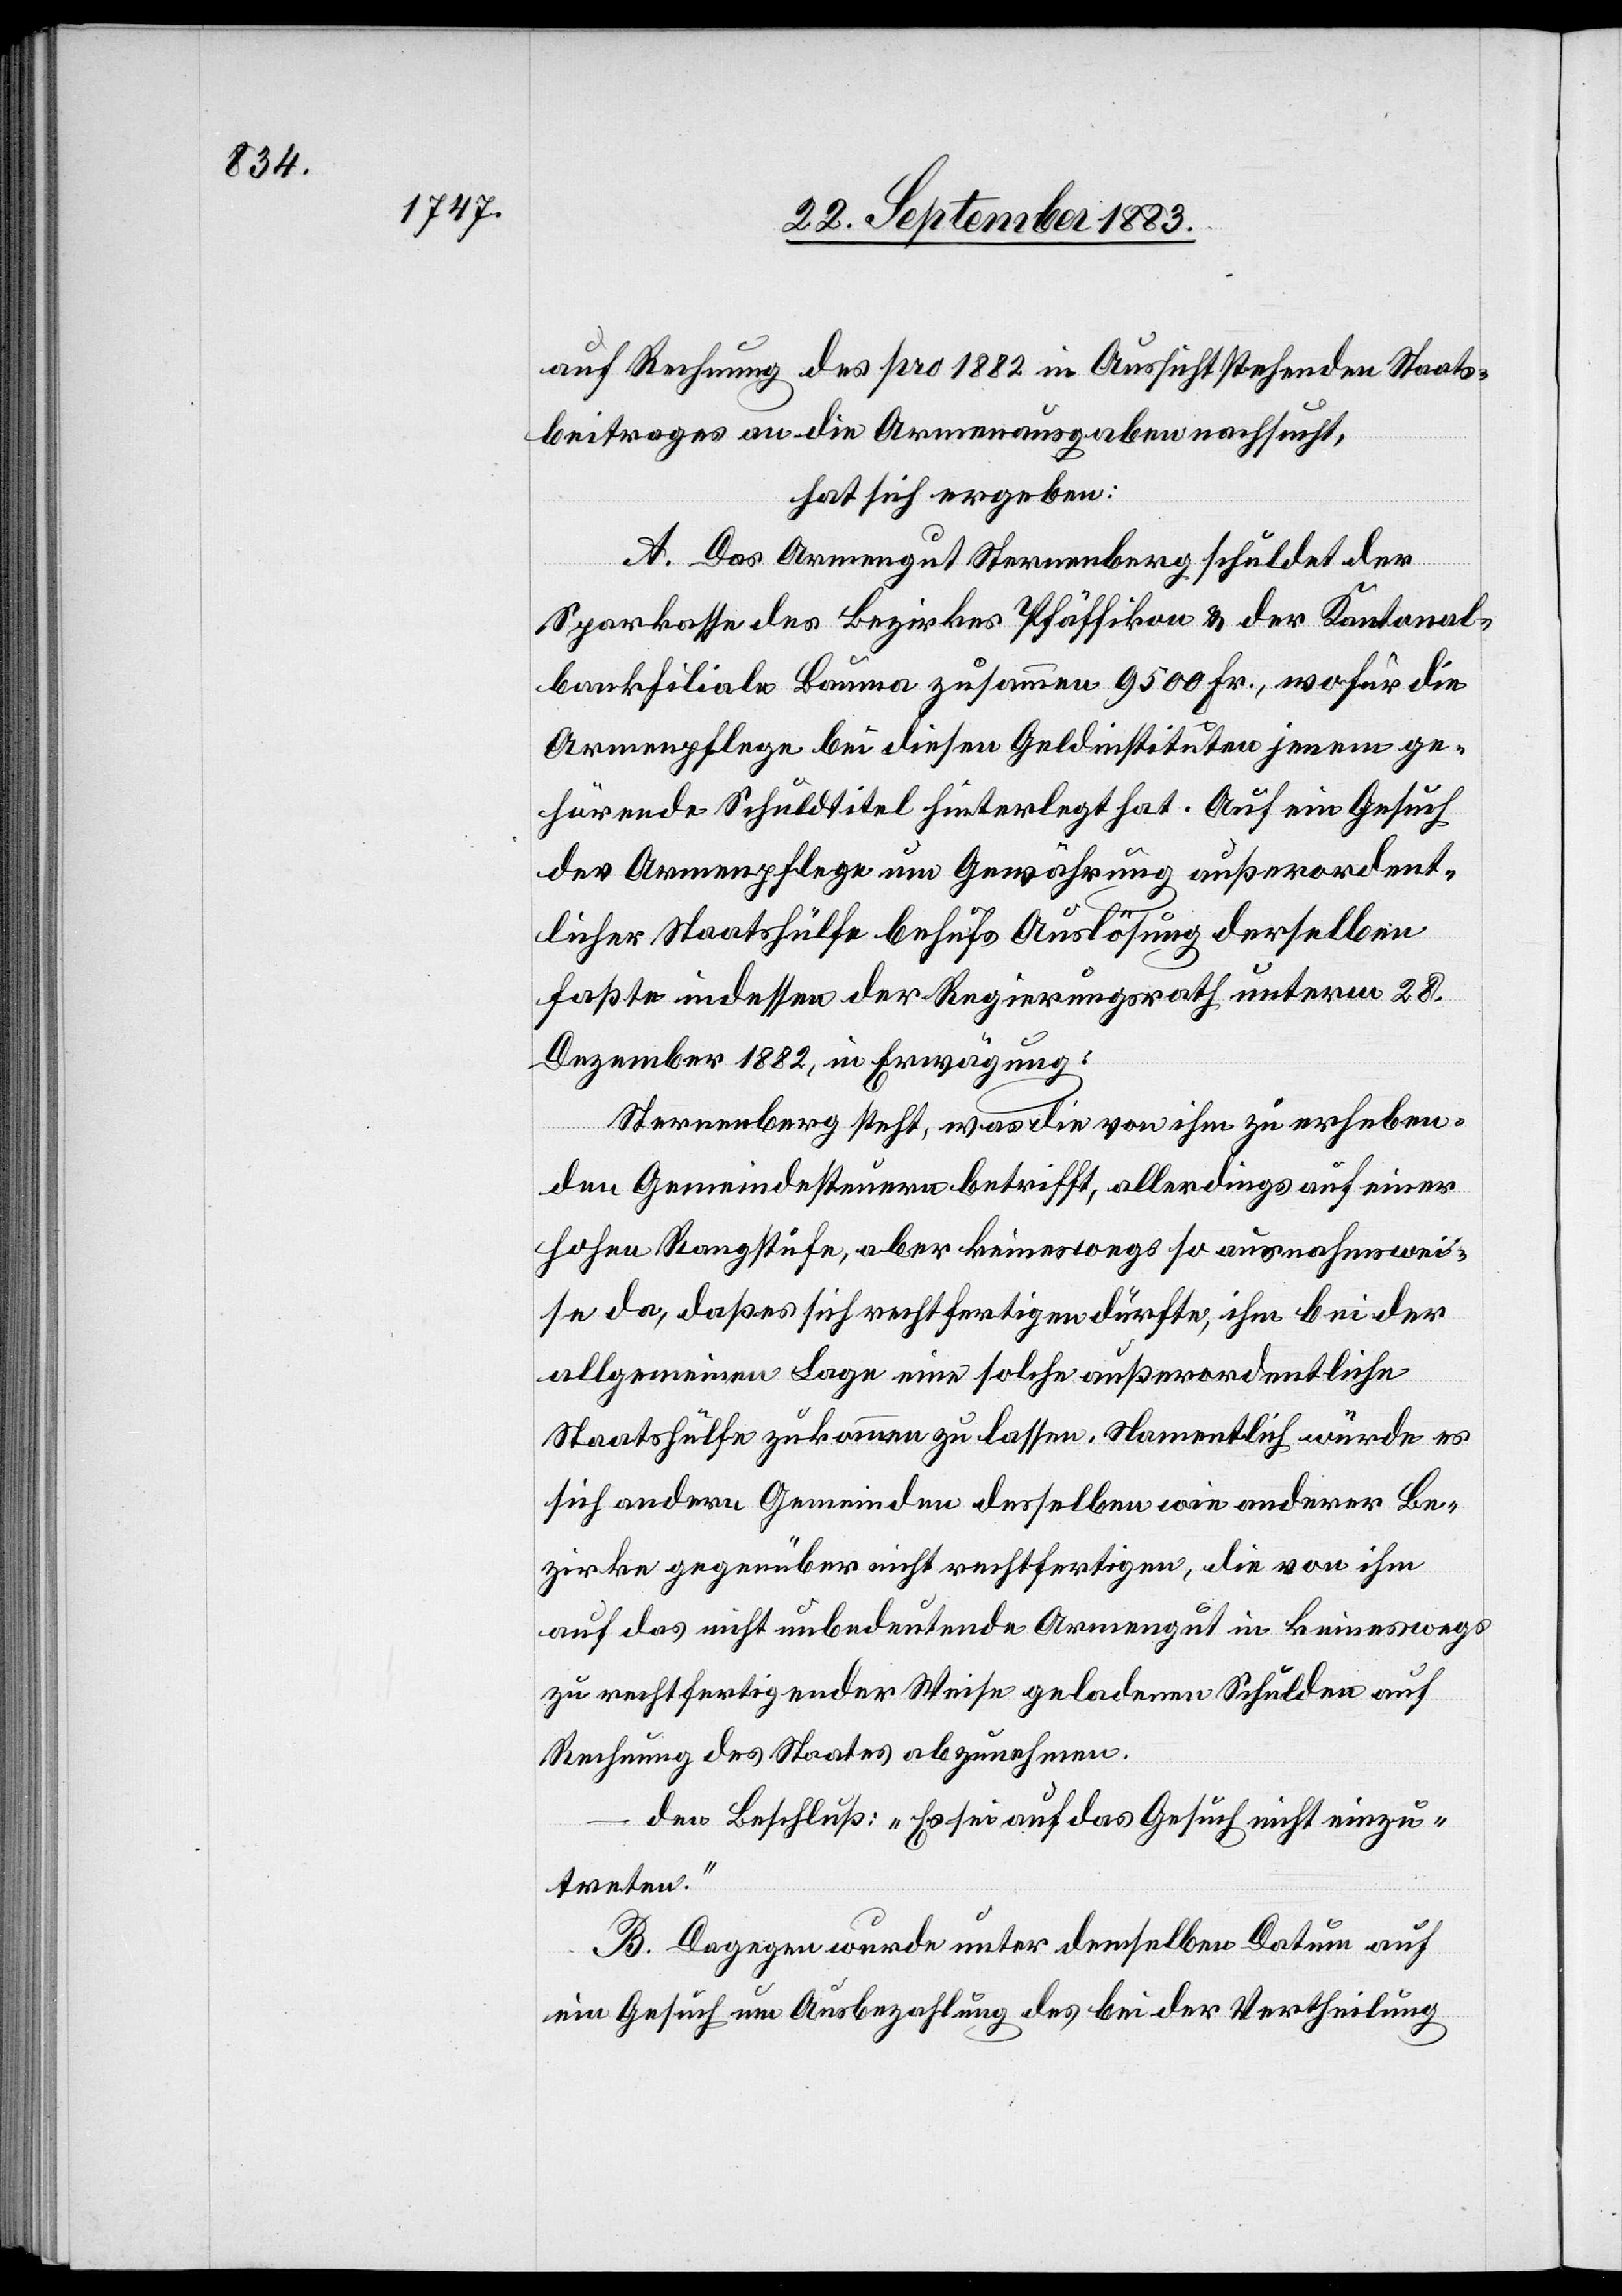
auf Rechnung des pro 1882 in Aussicht stehenden Staats¬
beitrages an die Armenausgaben nachsucht,
hat sich ergeben:
A. Das Armengut Sternenberg schuldet der
Sparkasse des Bezirkes Pfäffikon & der Kantonal¬
bankfiliale Bauma zusammen 9500 Fr., wofür die
Armenpflege bei diesen Geldinstituten jenen ge¬
hörende Schuldtitel hinterlegt hat. Auf ein Gesuch
der Armenpflege um Gewährung außerordent¬
licher Staatshülfe behufs Auslösung derselben
faßte indessen der Regierungsrath unterm 28.
Dezember 1882, in Erwägung:
Sternenberg steht, was die von ihm zu erheben¬
den Gemeindesteuern betrifft, allerdings auf einer
hohen Rangliste, aber keineswegs so ausnahmswei¬
se da, daß es sich rechtfertigen dürfte, ihm bei der
allgemeinen Lage eine solche außerordentliche
Staatshülfe zukommen zu lassen. Namentlich würde es
sich andern Gemeinden desselben wie anderer Be¬
zirke gegenüber nicht rechtfertigen, die von ihm
auf das nicht unbedeutende Armengut in keineswegs
zu rechtfertigender Weise geladenen Schulen auf
Rechnung des Staates abzunehmen.
den Beschluß: „Es sei auf das Gesuch nicht einzu¬
treten.“
B. Dagegen wurde unter demselben Datum auf
ein Gesuch um Ausbezahlung des bei der Vertheilung